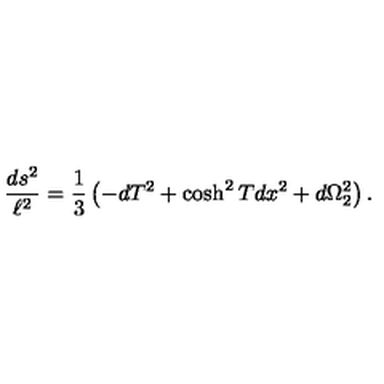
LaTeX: { \frac { d s ^ { 2 } } { \ell ^ { 2 } } } = \frac { 1 } { 3 } \left( - d T ^ { 2 } + \cosh ^ { 2 } T d x ^ { 2 } + d \Omega _ { 2 } ^ { 2 } \right) .